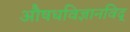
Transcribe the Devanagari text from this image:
अाैषधविज्ञानविद्